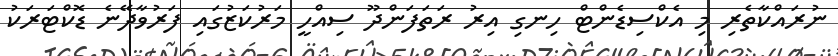
ނުރައްކާތެރި މި އެކްސިޑެންޓް ހިނގި އިރު ރަތަފަންދޫ ސިއްހީ މަރުކަޒުގައި ފަރުވާދޭނެ ޑޮކްޓަރަކު